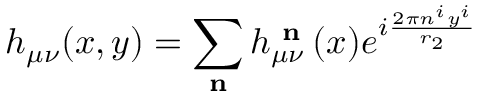
h _ { \mu \nu } ( x , y ) = \sum _ { { \textbf { n } } } h _ { \mu \nu } ^ { { \textbf { n } } } ( x ) e ^ { i \frac { 2 \pi n ^ { i } y ^ { i } } { r _ { 2 } } }